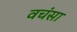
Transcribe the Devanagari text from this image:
वचंसा